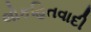
લોકહિતવાદી